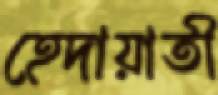
হেদায়াতী